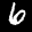
Label: 6